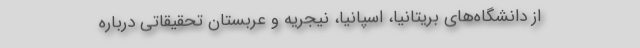
از دانشگاه‌های بریتانیا، اسپانیا، نیجریه و عربستان تحقیقاتی درباره